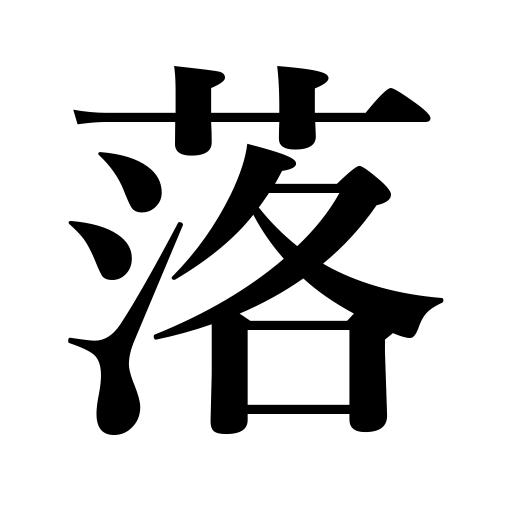
Meanings: throw a shadow,fall,flee,drive away,throw down,miss a ball,leave behind,be carried away by,drop,be inferior,fumble,exorcise,omit,remove stains,depreciate,collapse,fall unconscious,capture,detract from,fade,abate,let fall,lose popularity,come down,drip,make worse,decrease,entrap,go down,lose,come out,sink,end a story with a punch,come off,be missing,be captured,cave in,knock down an article,flow into,degrade,fail in exams,cause abortion